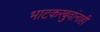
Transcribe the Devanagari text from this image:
भाटकरबुवांनाही